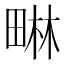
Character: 𭻜